Leaving Certificate Examination (including Day School Certificate (Higher) General paper), 1928
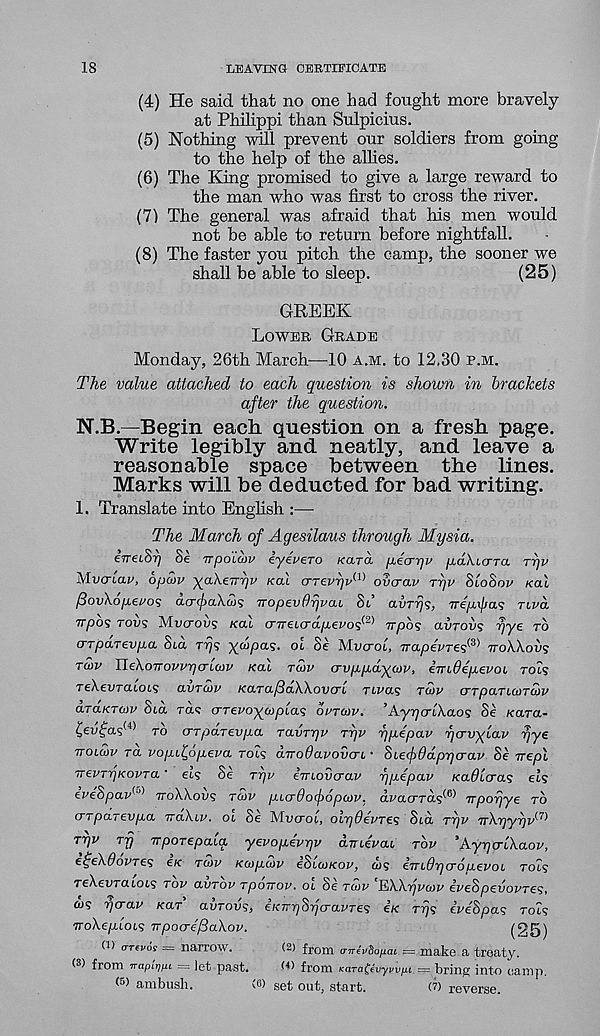
18
LEAVING CERTIFICATE
(4) He said that no one had fought more bravely
at Philippi than Sulpicius.
(5) Nothing will prevent our soldiers from going
to the help of the allies.
(6) The Kong promised to give a large reward to
the man who was first to cross the river.
(71 The general was afraid that his men would
not be able to return before nightfall.
(8) The faster you pitch the camp, the sooner we
shall be able to sleep.
(25)
GREEK
LOWER GRADE
Monday, 26th March—10 A.M. to 12,30 P.M.
The value attached to each question is shown in brackets
after the question.
N.B.—Begin each question on a fresh page.
Write legibly and neatly, and leave a
reasonable space between the lines.
Marks will be deducted for bad writing.
1. Translate into English :—
The March of Agesilaus through Mysia.
eVetSi) Se Trpoicbv iyeuero Kara /xecrijz' pcDucrra rr/v
Mvcrlcu’, opaiv yaAeiryv /cat crTevr)v a) ovaav rr/v SloSov /cat
/SoiAope/'os acr<^)aX.ajs TTopevOrjvcu St aurijs, Trep-x/jus TIVCL
Trpos TOI/S Mucrous /cat cnreicrdpevo^2 ) Trpb<s avrovs yye TO
crTpaTevpa Sta TT)? yaipa?. ot Se Mucrot, Trapefres® TTOWOV?
TU>V U.e\oTrovvrj(TLOiv KOX TCOV crvppoiycov, iTrcdepevoi rot?
reXei/ratois avruv KarafiaWovcn, rtvas TMP orrpaTicoTOJV
aTaKTajv Sta Ta? crreFoytoptas 6VTU>V. ’AyrjcrlXao 1 ; Se Kara-
TO (TTparevpa Tavrrjv r'qv rjpepav rjcrvylav pye
uoioxv TO. vopi^opevo rot? aTroOavovcTi • SLefddprjcrav Se vept
TrevTTjKOVTO ’ ets Se Trjv eVtoucraf ypepav /ca^tcra? ets
eveSpav^’^ TTOWOUS Tun> pLcrdofopan’. avacrTcis^ Trporjye TO
(TTpoTEvpa TTOALV. ot Se MVCTOL, oiydevTes Sta Tyv irX.pyp// (7)
TT)V
Trj irpOTEpoLq yevopevyv ainevou TOV ’AyrjcrlXaov,
E^eXdovTE^ e/c TWf Kupcov eStaz/coF, a/? i.TriOrjcrou.Evoi TOLS
reXei/ratois TOF OVTOV Tpoirov. oi Se TCOV 'JUiWpvcov iveSpevovTes,
fi/S rjcrav /car OVTOVS, e’/c/rpSpcraz/re? e/c rps eveSpas TOL<;
TroXeptots vpoo-c'fBaXov.
(25)
(■) <rT€j/df = narrow.
(2) from a-TTeuSo/iai —.make a treaty.
O) from TrapirffiL — Jet past.
O) from ^ara^CvywpL — bring into camp
ambush.
vO ^et out, start.
(7) reverse.